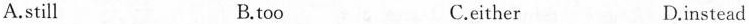
A.still B.too C.either D.instead